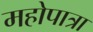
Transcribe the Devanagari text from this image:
महोपात्रा